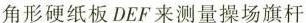
角形硬纸板DEF来测量操场旗杆